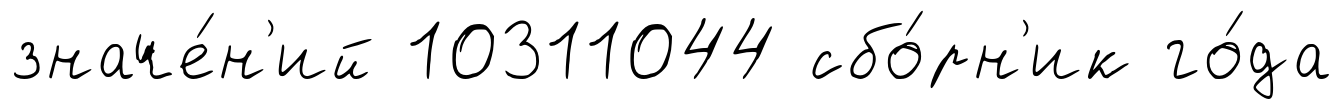
значе́н'ий 10311044 сбо́рн'ик го́да